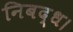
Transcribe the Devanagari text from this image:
निबद्ध।